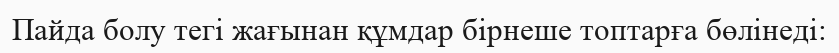
Пайда болу тегі жағынан құмдар бірнеше топтарға бөлінеді: